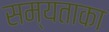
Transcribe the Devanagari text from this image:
सम्यताका